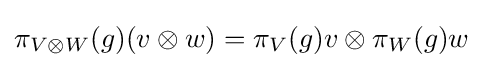
\pi _{V\otimes W}(g)(v\otimes w)=\pi _{V}(g)v\otimes \pi _{W}(g)w